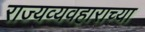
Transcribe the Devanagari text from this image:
राज्यव्यवहाराच्या